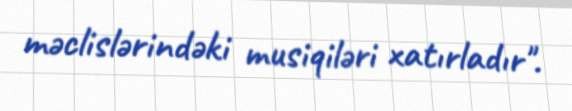
məclislərindəki musiqiləri xatırladır".